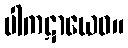
ပါကဋာယေဝ။